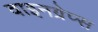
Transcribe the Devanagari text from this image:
वाइनग्रेप्स